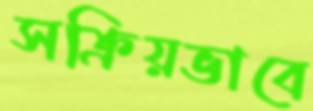
সক্রিয়ভাবে